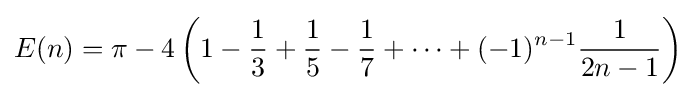
E(n)=\pi -4\left(1-{\frac {1}{3}}+{\frac {1}{5}}-{\frac {1}{7}}+\cdots +(-1)^{n-1}{\frac {1}{2n-1}}\right)